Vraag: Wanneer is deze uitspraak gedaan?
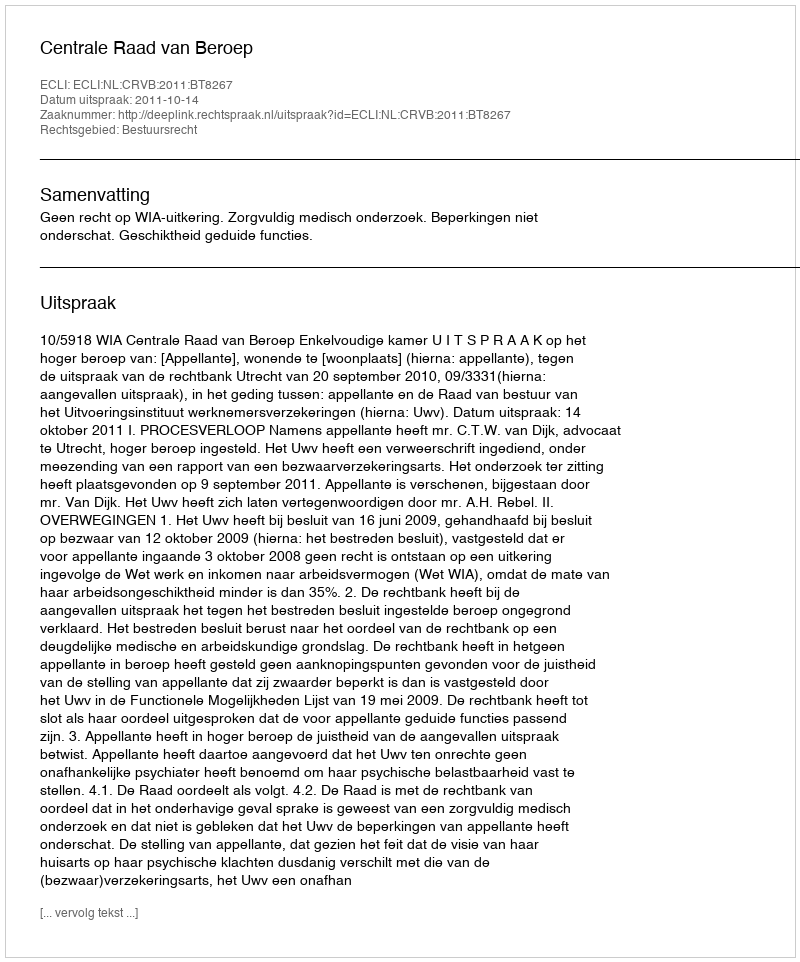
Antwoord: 2011-10-14